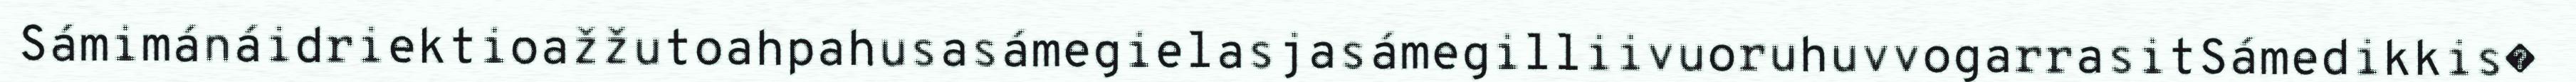
SámimánáidriektioažžutoahpahusasámegielasjasámegilliivuoruhuvvogarrasitSámedikkis�